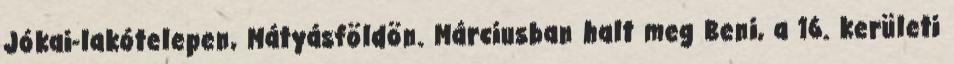
Jókai-lakótelepen, Mátyásföldön. Márciusban halt meg Beni, a 16. kerületi